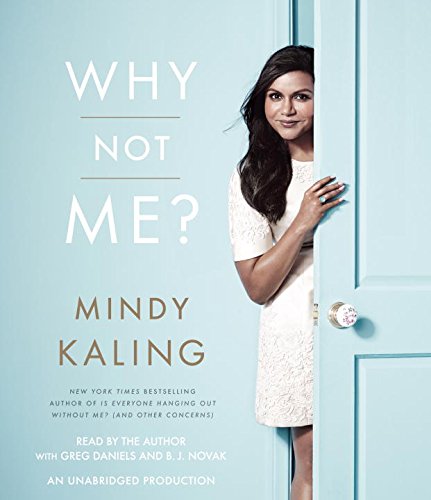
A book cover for Why Not Me?; Mindy Kaling; Humor & Entertainment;